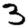
Digit: 3